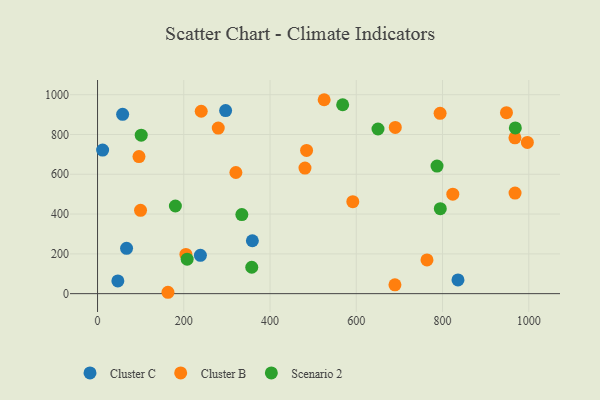
{"axis": {"x": "Distance", "y": "Exam Score"}, "legend": ["Cluster B", "Cluster C", "Scenario 2"], "data": [{"x": "835.8", "y": 69.0, "type": "Cluster C"}, {"x": "67.3", "y": 227.6, "type": "Cluster C"}, {"x": "359.0", "y": 266.0, "type": "Cluster C"}, {"x": "238.5", "y": 192.5, "type": "Cluster C"}, {"x": "297.0", "y": 920.3, "type": "Cluster C"}, {"x": "47.1", "y": 63.8, "type": "Cluster C"}, {"x": "58.2", "y": 901.5, "type": "Cluster C"}, {"x": "11.8", "y": 721.7, "type": "Cluster C"}, {"x": "96.1", "y": 688.8, "type": "Cluster B"}, {"x": "823.8", "y": 499.8, "type": "Cluster B"}, {"x": "204.9", "y": 197.3, "type": "Cluster B"}, {"x": "163.3", "y": 6.9, "type": "Cluster B"}, {"x": "996.7", "y": 760.0, "type": "Cluster B"}, {"x": "968.1", "y": 505.5, "type": "Cluster B"}, {"x": "484.7", "y": 720.1, "type": "Cluster B"}, {"x": "690.4", "y": 835.4, "type": "Cluster B"}, {"x": "279.9", "y": 832.4, "type": "Cluster B"}, {"x": "525.5", "y": 974.8, "type": "Cluster B"}, {"x": "481.0", "y": 631.2, "type": "Cluster B"}, {"x": "948.2", "y": 909.6, "type": "Cluster B"}, {"x": "689.6", "y": 44.4, "type": "Cluster B"}, {"x": "967.9", "y": 783.1, "type": "Cluster B"}, {"x": "240.4", "y": 916.8, "type": "Cluster B"}, {"x": "99.7", "y": 418.9, "type": "Cluster B"}, {"x": "320.8", "y": 608.9, "type": "Cluster B"}, {"x": "794.3", "y": 906.4, "type": "Cluster B"}, {"x": "763.9", "y": 169.6, "type": "Cluster B"}, {"x": "591.9", "y": 462.5, "type": "Cluster B"}, {"x": "787.2", "y": 641.2, "type": "Scenario 2"}, {"x": "334.6", "y": 397.5, "type": "Scenario 2"}, {"x": "968.8", "y": 832.8, "type": "Scenario 2"}, {"x": "180.5", "y": 440.5, "type": "Scenario 2"}, {"x": "568.4", "y": 949.5, "type": "Scenario 2"}, {"x": "101.3", "y": 796.5, "type": "Scenario 2"}, {"x": "357.6", "y": 132.8, "type": "Scenario 2"}, {"x": "650.3", "y": 827.6, "type": "Scenario 2"}, {"x": "207.8", "y": 173.4, "type": "Scenario 2"}, {"x": "794.8", "y": 427.0, "type": "Scenario 2"}]}